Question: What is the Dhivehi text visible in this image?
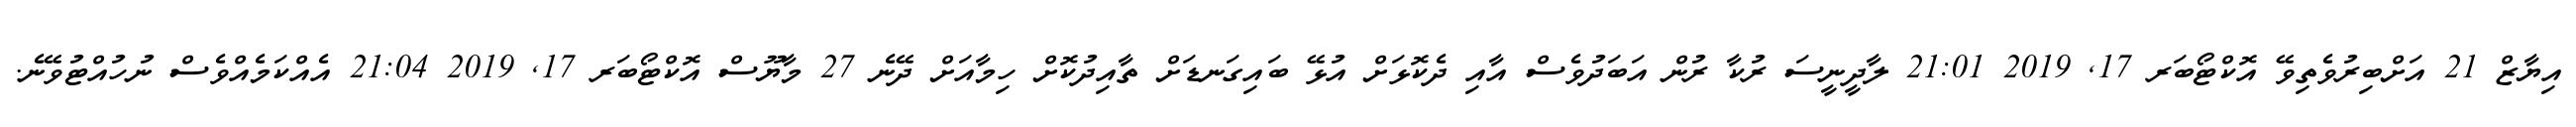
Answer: އިޔާޒް 21 އަށްބިރުވެތިވޭ އޮކްޓޯބަރ 17, 2019 21:01 ލާދީނީސަ ރުކާ ރުން އަބަދުވެސް އާއި ދެކޮޅަށް އުޅޭ ބައިގަނޑަށް ތާއިދުކޮށް ހިމާއަށް ދޭނެ 27 މާޔޫސް އޮކްޓޯބަރ 17, 2019 21:04 އެއްކަމެއްވެސް ނުހުއްޓުވޭނެ.